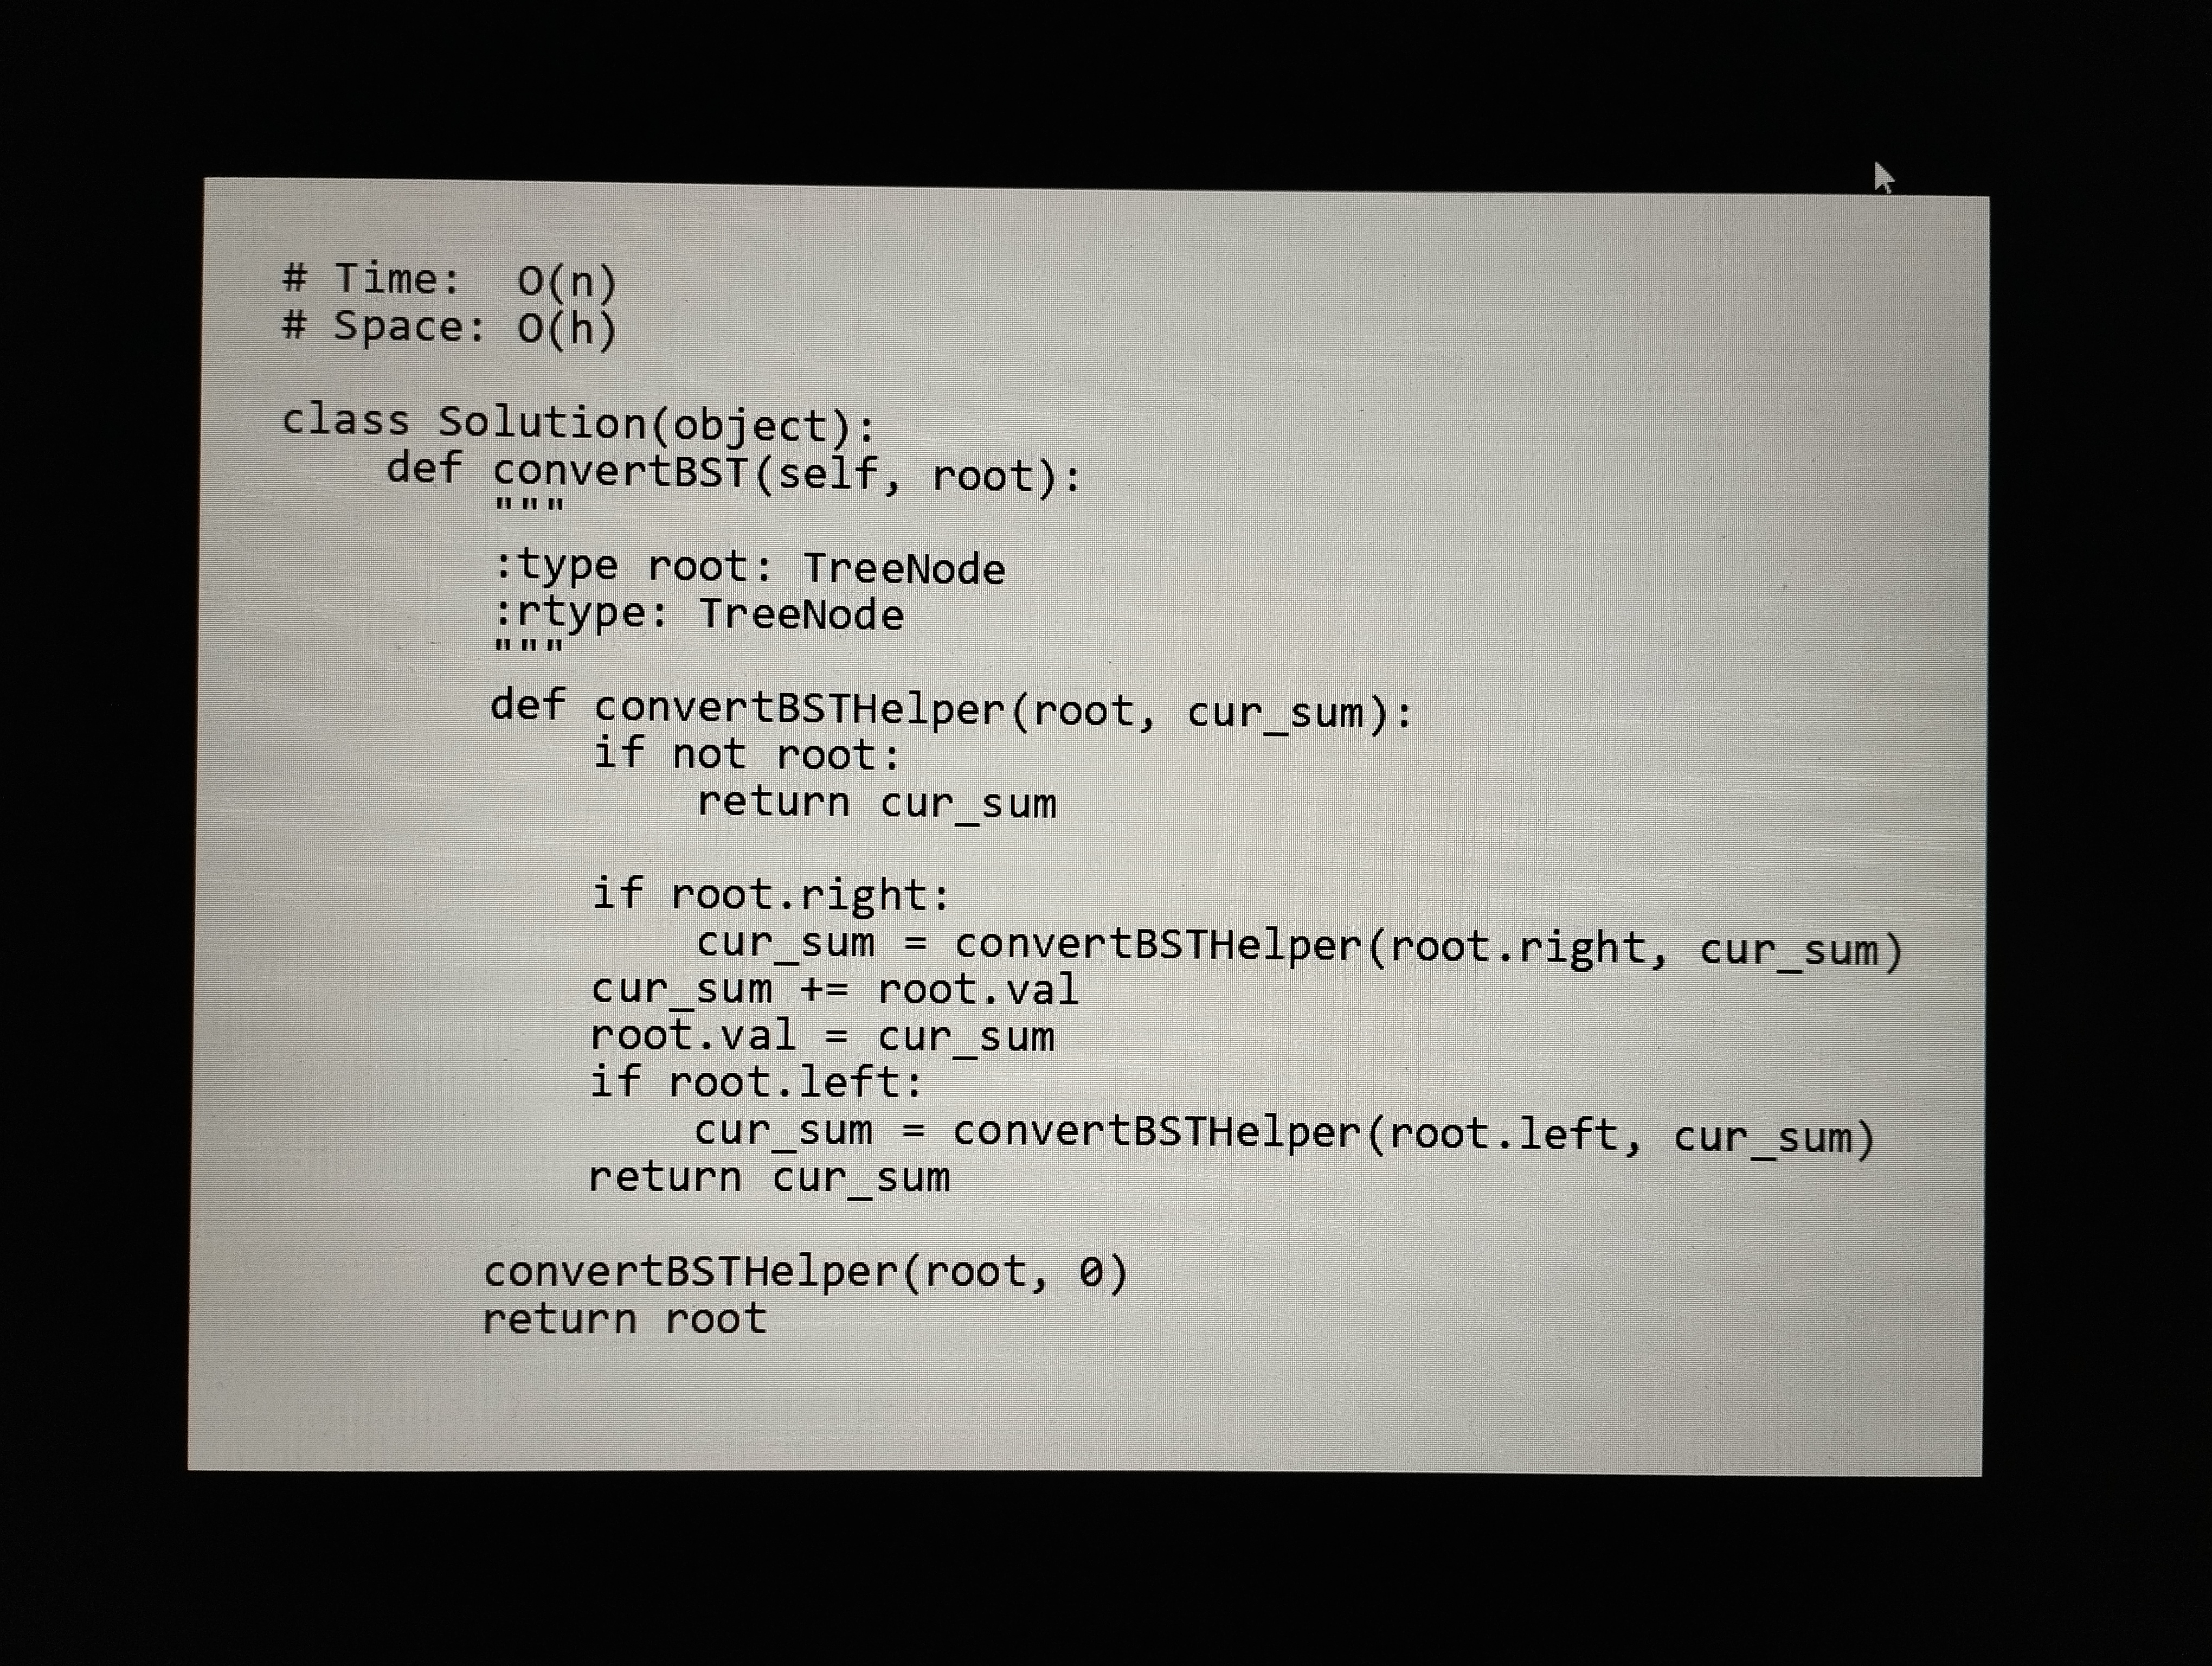
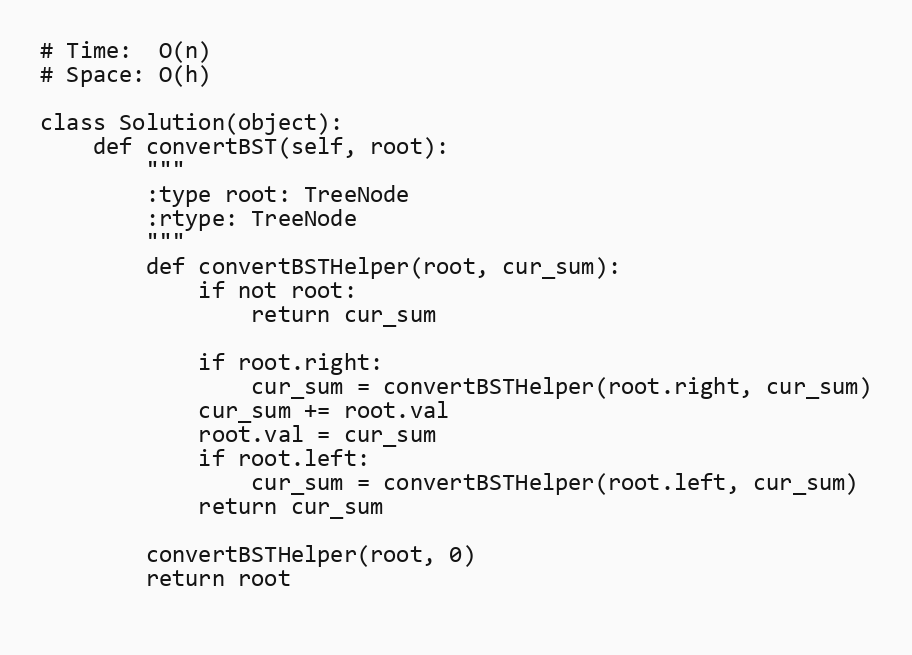
# Time:  O(n)
# Space: O(h)

class Solution(object):
    def convertBST(self, root):
        """
        :type root: TreeNode
        :rtype: TreeNode
        """
        def convertBSTHelper(root, cur_sum):
            if not root:
                return cur_sum

            if root.right:
                cur_sum = convertBSTHelper(root.right, cur_sum)
            cur_sum += root.val
            root.val = cur_sum
            if root.left:
                cur_sum = convertBSTHelper(root.left, cur_sum)
            return cur_sum

        convertBSTHelper(root, 0)
        return root